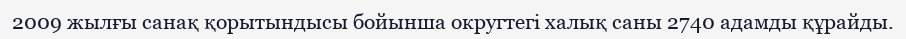
2009 жылғы санақ қорытындысы бойынша округтегі халық саны 2740 адамды құрайды.